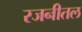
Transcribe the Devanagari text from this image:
रजनीतल